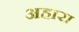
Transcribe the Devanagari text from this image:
अहारा